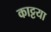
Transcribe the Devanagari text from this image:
काट्टया